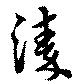
溱